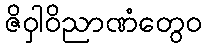
ဇိဝှါဝိညာဏံတွေဝ